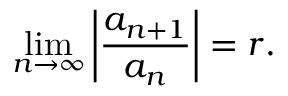
\operatorname* { l i m } _ { n \to \infty } \left| { \frac { a _ { n + 1 } } { a _ { n } } } \right| = r .